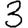
Digit: 3